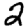
Digit: 2